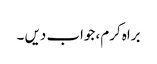
براہ کرم، جواب دیں ۔